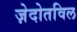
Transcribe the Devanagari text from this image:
ज़ेदोतविल